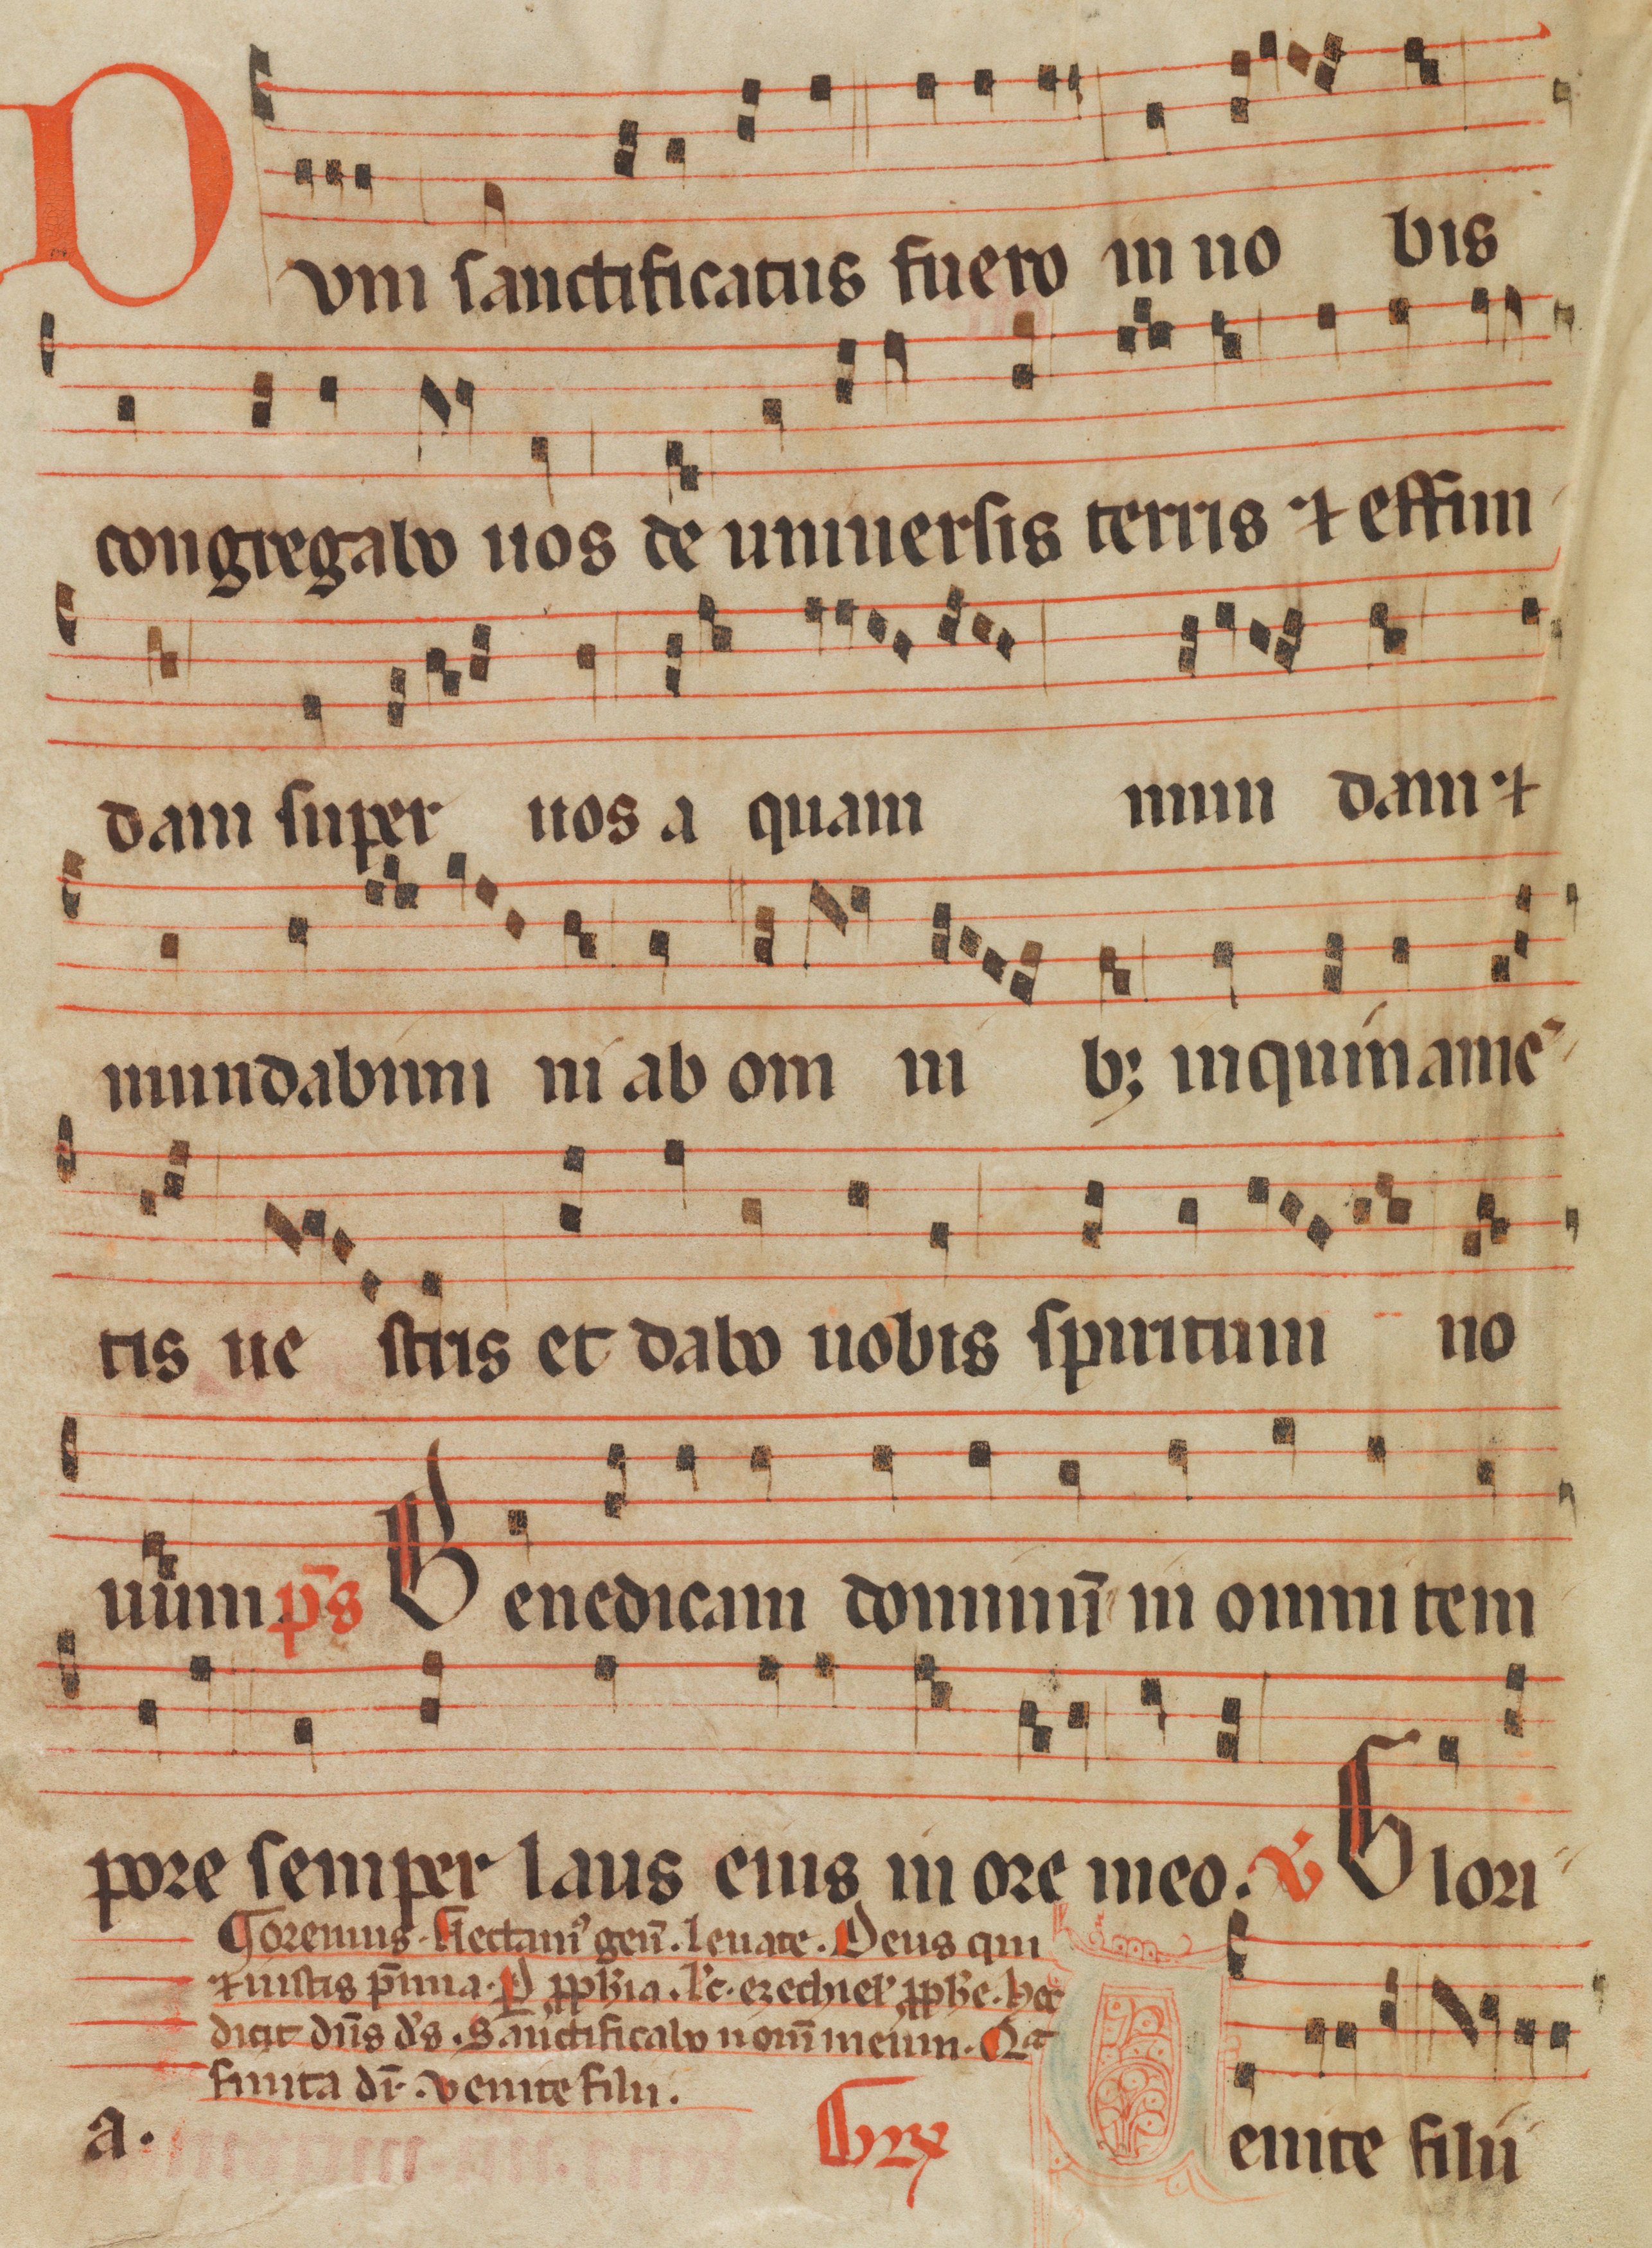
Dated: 1285–1315